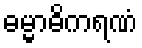
ဓမ္မာဓိကရဏံ